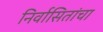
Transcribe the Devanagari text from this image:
निर्वासितांचा